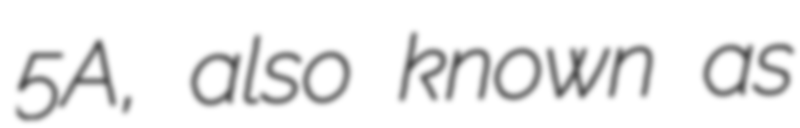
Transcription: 5A, also known as